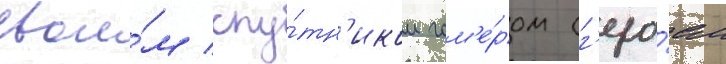
свои́м спу́тн'иком гом'е́ром (г'еро́ем